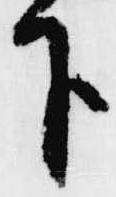
下